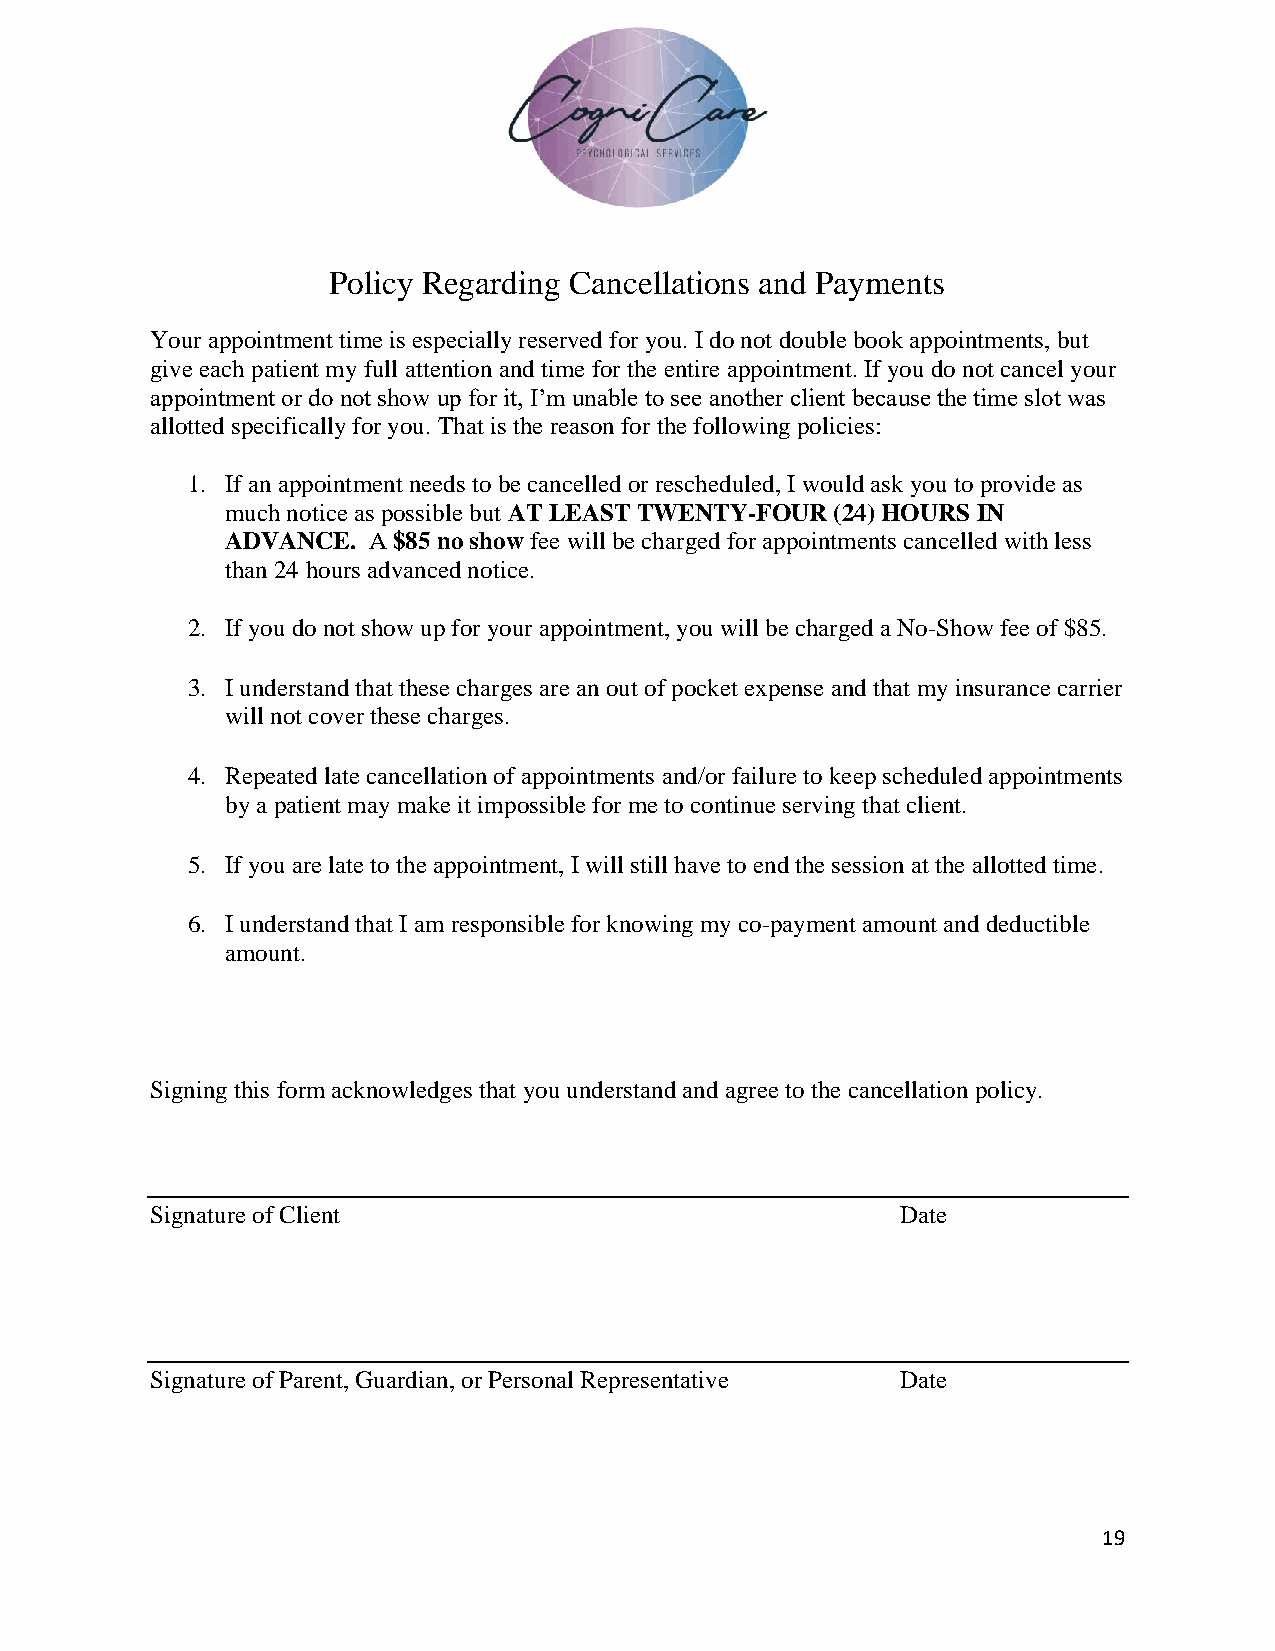
Policy Regarding Cancellations and Payments
 Your appointment time is especially reserved for you. I do not double book appointments, but
 give each patient my full attention and time for the entire appointment. If you do not cancel your
 appointment or do not show up for it, I’m unable to see another client because the time slot was
 allotted specifically for you. That is the reason for the following policies:
 1. If an appointment needs to be cancelled or rescheduled, I would ask you to provide as
 much notice as possible but AT LEAST TWENTY-FOUR (24) HOURS IN
 ADVANCE. A $85 no show fee will be charged for appointments cancelled with less
 than 24 hours advanced notice.
 2. If you do not show up for your appointment, you will be charged a No-Show fee of $85.
 3. I understand that these charges are an out of pocket expense and that my insurance carrier
 will not cover these charges.
 4. Repeated late cancellation of appointments and/or failure to keep scheduled appointments
 by a patient may make it impossible for me to continue serving that client.
 5. If you are late to the appointment, I will still have to end the session at the allotted time.
 6. I understand that I am responsible for knowing my co-payment amount and deductible
 amount.
 Signing this form acknowledges that you understand and agree to the cancellation policy.
 Signature of Client                               Date
 Signature of Parent, Guardian, or Personal Representative Date
 19